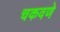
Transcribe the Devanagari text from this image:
चकवणे